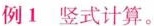
例1 竖式计算。